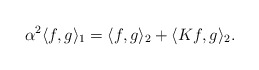
\begin{align*}\alpha^2\langle f,g\rangle_{1} = \langle f,g\rangle_2 + \langle Kf,g\rangle_2.\end{align*}